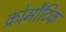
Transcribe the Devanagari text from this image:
क्रोमौटिक